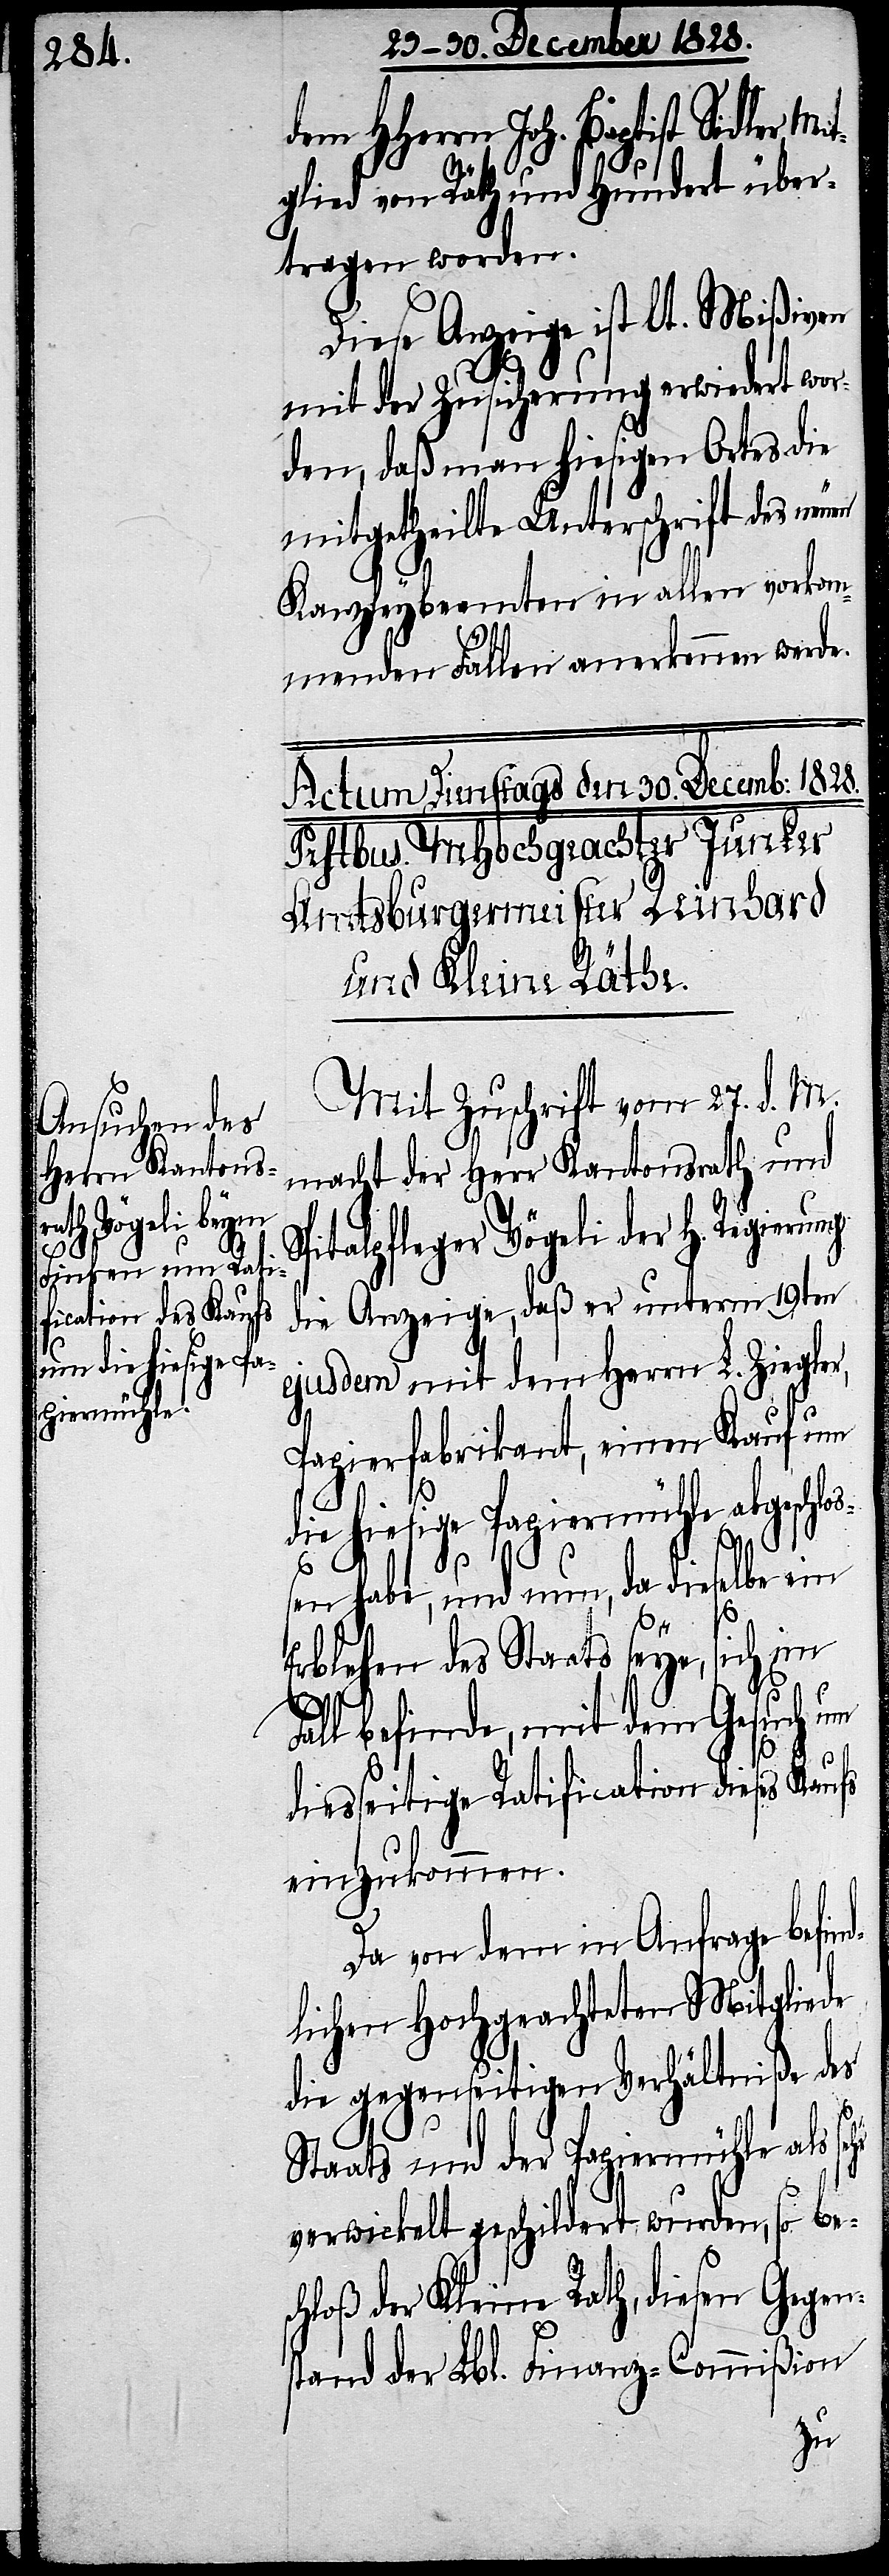
dem HHerrn Joh. Baptist Sidler,
glied von Räth und Hundert über¬
tragen worden.
Diese Anzeige ist lt. Mißiven
mit der Zusicherung erwiedert wor¬
den, daß man hiesigen Ortes die
mitgetheilte Unterschrift des neuen
Kanzleybeamten in allen vorkom¬
Mit¬
menden Fällen anerkennen werde.
Mit Zuschrift vom 27. d. M.
macht der Herr Kantonsrath und
Spitalpfleger Vögeli der H. Regierung
die Anzeige, daß er unterm 19ten
ejusdem mit dem Herrn L. Ziegler,
Papierfabrikant, einen Kauf um
fes
die hiesige Papiermühle abgeschlo¬
ßen habe, und nun, da dieselbe ein
Erblehen des Staats seye,
Gesuch
Fall befinde, mit dem
diesseitige Ratification dieses Kau¬
einzukommen.
Da von dem in Anfrage befin¬
dlichen Hochgeachteten Mitgliede
die gegenseitigen Verhältniße des
Staats und der Papiermühle als se¬
hr
verwickelt geschildert wurden, so bes¬
chloß der Kleine Rath, diesen Gegen¬
stand der Lbl. Finanz-Commißion